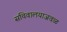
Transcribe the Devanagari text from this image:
सचिवालयाजवळ